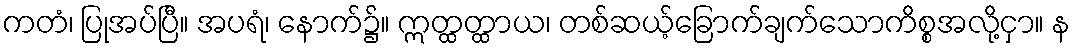
ကတံ၊ ပြုအပ်ပြီ။ အပရံ၊ နောက်၌။ ဣတ္ထတ္ထာယ၊ တစ်ဆယ့်ခြောက်ချက်သောကိစ္စအလို့ငှာ။ န